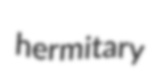
hermitary